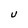
Character: U